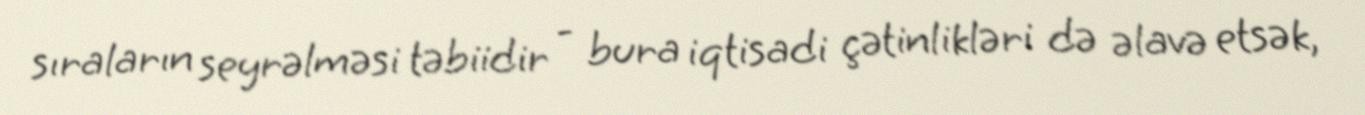
sıraların seyrəlməsi təbiidir - bura iqtisadi çətinlikləri də əlavə etsək,